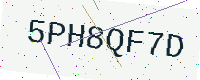
Text: 5PH8QF7D